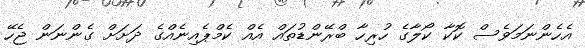
އެހެންނަމަވެސް ކޮކާ ކޯލާގެ ހުރިހާ ބްރޭންޑުތައް އެއް ކެމްޕެއިނެއްގެ ދަށަށް ގެންނަން ޖެހޭ